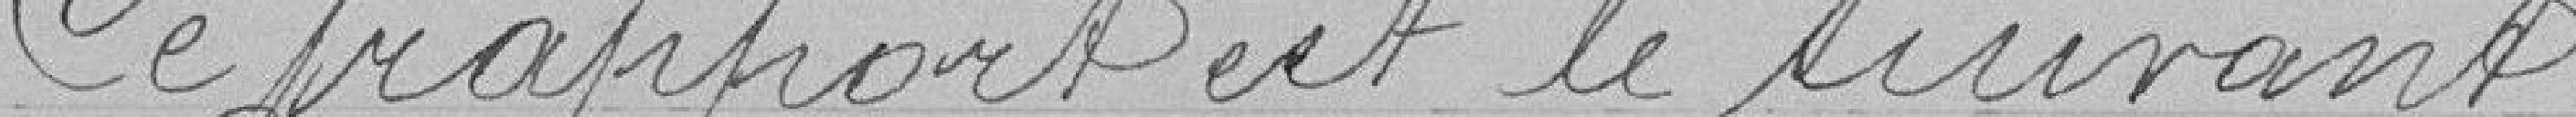
Ce rapport est le suivant: